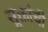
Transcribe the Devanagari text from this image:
सूक्तांची